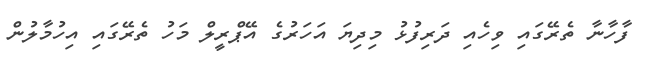
ފާހާނާ ތެރޭގައި ވިހެއި ދަރިފުޅު މިދިޔަ އަހަރުގެ އޭޕްރީލް މަހު ތެރޭގައި އިހުމާލުން